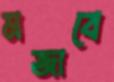
মজাবে